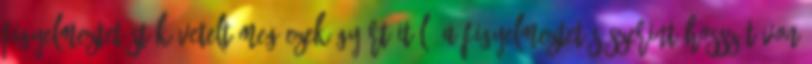
figyelmeztetést követelt meg ezek gyártóitól. A figyelmeztetés szerint hosszútávon